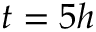
t = 5 h